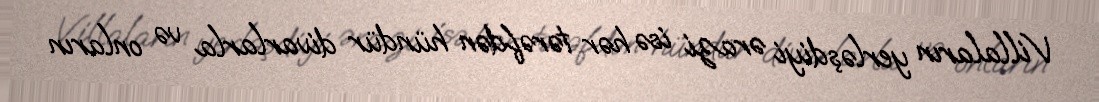
Villaların yerləşdiyi ərazi isə hər tərəfdən hündür divarlarla və onların